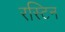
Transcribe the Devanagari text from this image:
रस्टिन